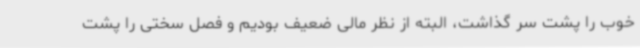
خوب را پشت سر گذاشت، البته از نظر مالی ضعیف بودیم و فصل سختی را پشت